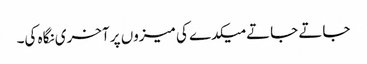
جاتے جاتے میکدے کی میزوں پر آخری نگاہ کی۔